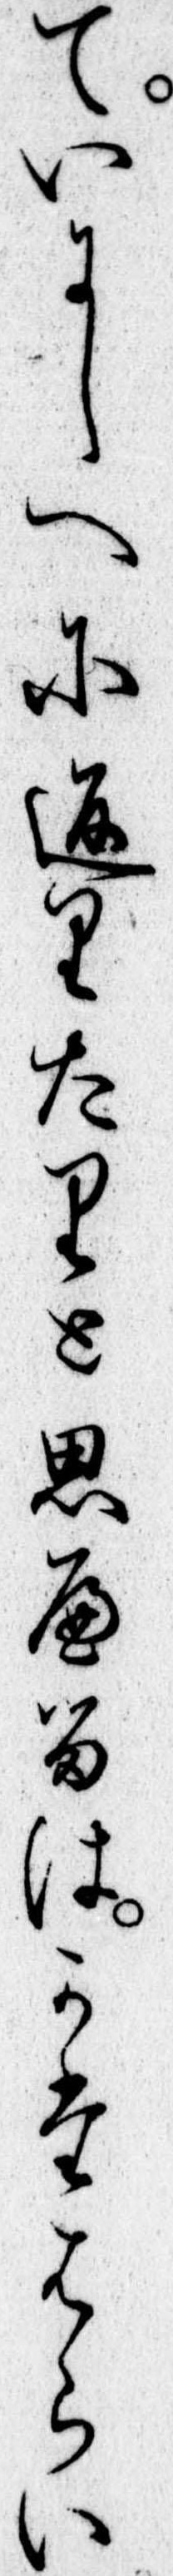
ていにしへに返りたりと思へるはかたはらい